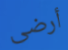
أرضى